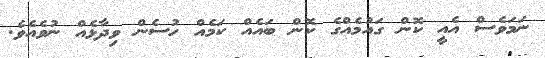
ނަމަވެސް އެއީ ކޮން ގައުމެއްގެ ކޮން ބައެއް ކަމެއް ހުސެން ވިދާޅެއް ނުވެއެވެ.